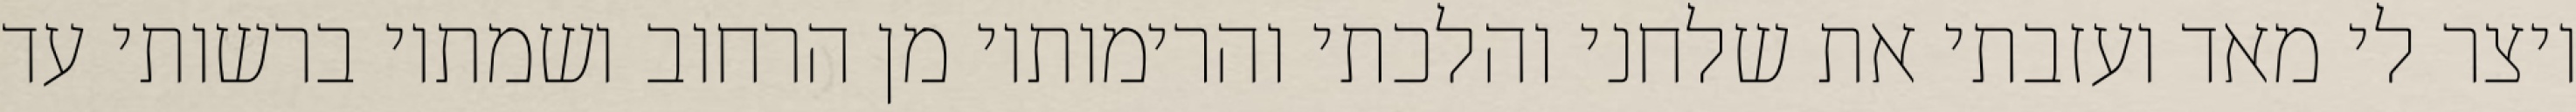
ויצר לי מאד ועזבתי את שלחני והלכתי והרימותיו מן הרחוב ושמתיו ברשותי עד